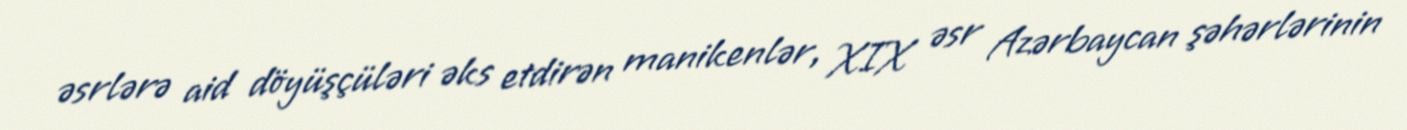
əsrlərə aid döyüşçüləri əks etdirən manikenlər, XIX əsr Azərbaycan şəhərlərinin